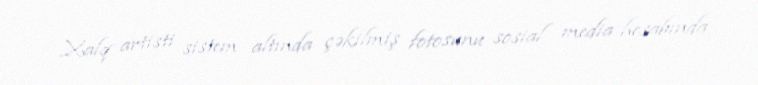
Xalq artisti sistem altında çəkilmiş fotosunu sosial media hesabında